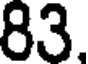
83.